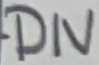
Text: DIV